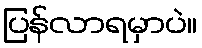
ပြန်လာရမှာပဲ။